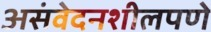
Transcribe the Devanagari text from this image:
असंवेदनशीलपणे